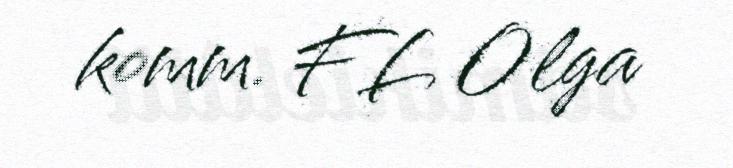
komm. FL Olga